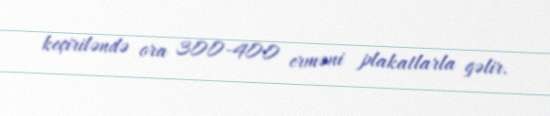
keçiriləndə ora 300-400 erməni plakatlarla gəlir.